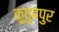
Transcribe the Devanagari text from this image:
क़ुतुबपुर